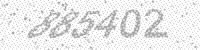
Solution: 885402